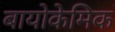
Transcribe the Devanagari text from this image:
बायोकेमिक